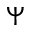
\Psi